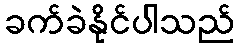
ခက်ခဲနိုင်ပါသည်